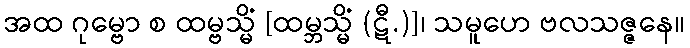
အထ ဂုမ္ဗော စ ထမ္ဗသ္မိံ [ထမ္ဘသ္မိံ (ဋီ.)]၊ သမူဟေ ဗလသဇ္ဇနေ။